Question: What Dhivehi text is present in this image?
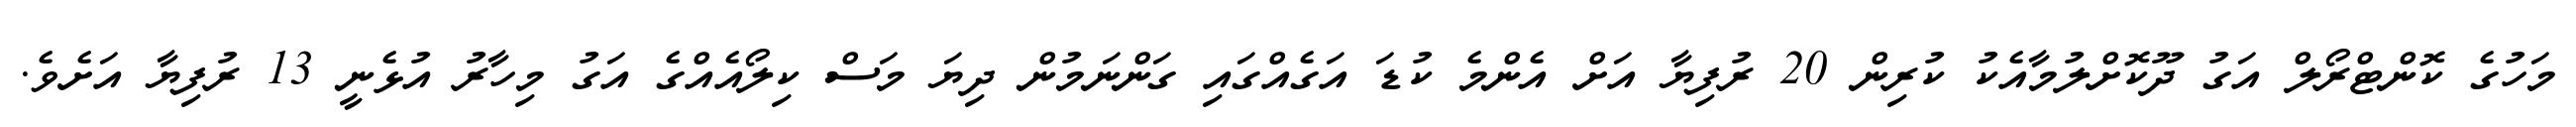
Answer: މަހުގެ ކޮންޓްރޯލް އަގު ދޫކޮށްލުމާއެކު ކުރިން 20 ރުފިޔާ އަށް އެންމެ ކުޑަ އަގެއްގައި ގަންނަމުން ދިޔަ މަސް ކިލޯއެއްގެ އަގު މިހާރު އުޅެނީ 13 ރުފިޔާ އަށެވެ.